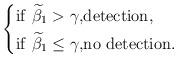
LaTeX: \begin{align*} \left\{ \begin{aligned} \mathrm{if}~\widetilde{\beta}_1 > \gamma, & \mathrm{detection}, \\ \mathrm{if}~\widetilde{\beta}_1 \leq \gamma, & \mathrm{no~detection}.\end{aligned} \right.\end{align*}